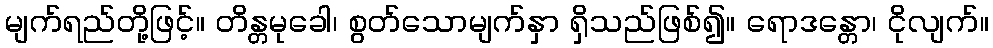
မျက်ရည်တို့ဖြင့်။ တိန္တမုခေါ၊ စွတ်သောမျက်နှာ ရှိသည်ဖြစ်၍။ ရောဒန္တော၊ ငိုလျက်။